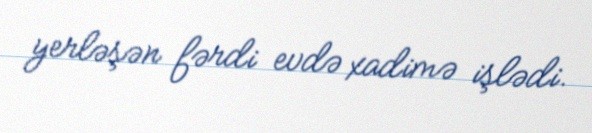
yerləşən fərdi evdə xadimə işlədi.